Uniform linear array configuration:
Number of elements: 24
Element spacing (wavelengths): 1
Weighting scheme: hamming
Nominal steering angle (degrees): -60
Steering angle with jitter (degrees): -58.092
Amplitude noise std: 0.05
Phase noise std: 0.05

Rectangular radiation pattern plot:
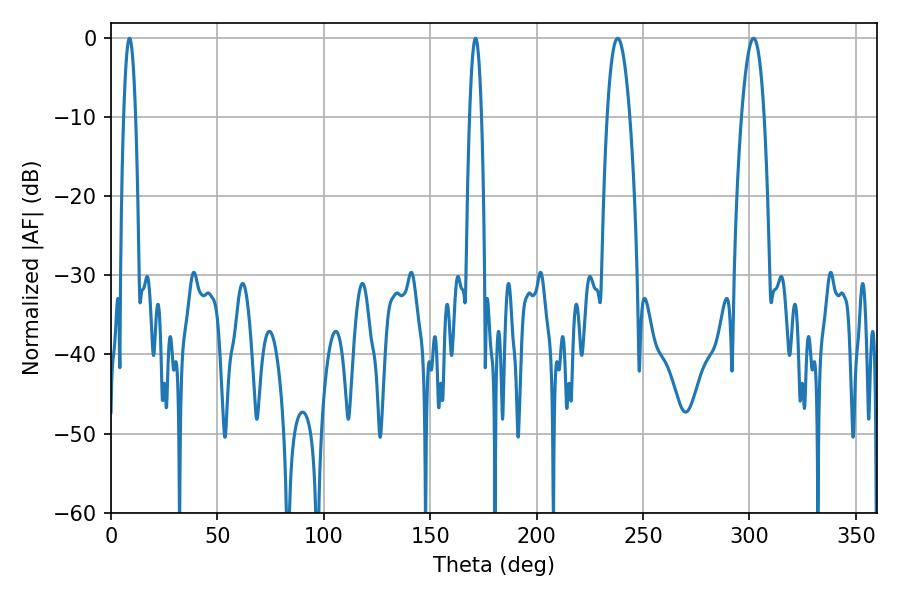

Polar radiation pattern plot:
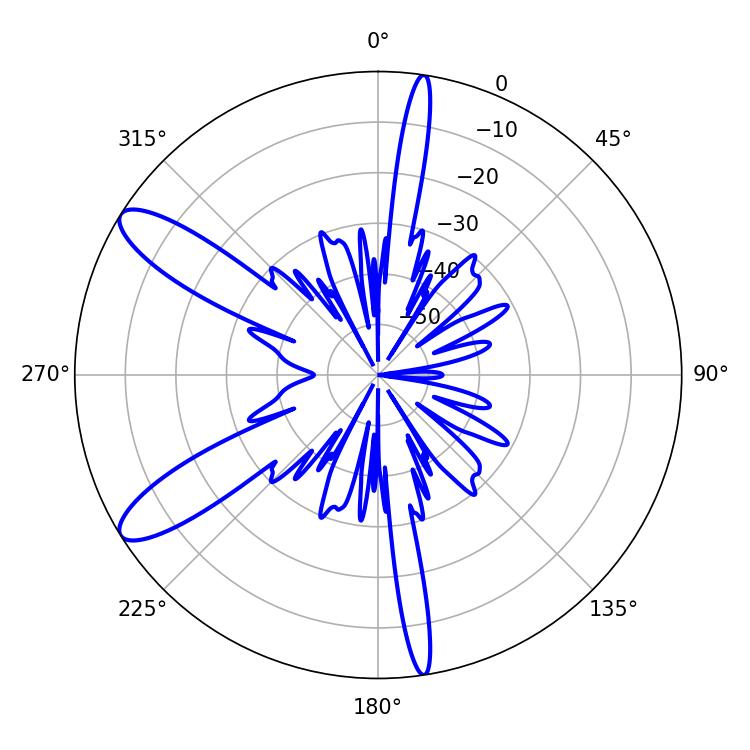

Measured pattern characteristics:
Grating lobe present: TRUE
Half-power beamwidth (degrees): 5.94
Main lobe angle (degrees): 238.14